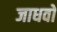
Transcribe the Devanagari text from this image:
जाधवों